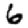
Digit: 6